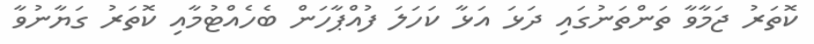
ކޮތަރު ޖަމާވާ ތަންތަނުގައި ދަޅަ އަޅާ ކަހަލަ ފުއްޕާހަން ބެހެއްޓުމާއި ކޮތަރު ގަޔާނުވާ